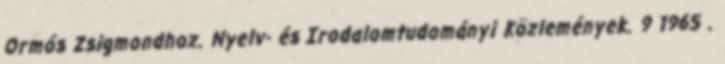
Ormós Zsigmondhoz. Nyelv- és Irodalomtudományi Közlemények. 9 1965 .